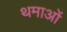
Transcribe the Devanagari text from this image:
थमाओं